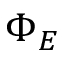
\Phi _ { E }